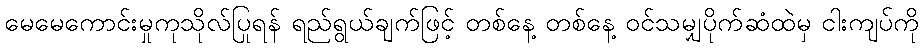
မေမေကောင်းမှုကုသိုလ်ပြုရန် ရည်ရွယ်ချက်ဖြင့် တစ်နေ့ တစ်နေ့ ဝင်သမျှပိုက်ဆံထဲမှ ငါးကျပ်ကို